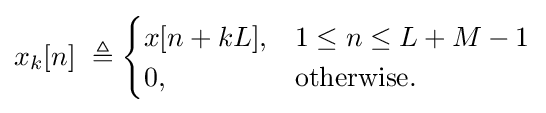
x_{k}[n]\ \triangleq {\begin{cases}x[n+kL],&1\leq n\leq L+M-1\\0,&{\textrm {otherwise}}.\end{cases}}